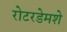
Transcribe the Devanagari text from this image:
रोटरडेमशे